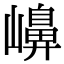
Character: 𡽶